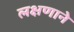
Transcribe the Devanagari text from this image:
लक्षणाने